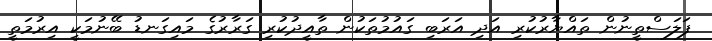
ފަލަސްތީނުން ތައްޔާރުކުރި އަދި އަރަބި ގައުމުތަކުން ތާއީދުކުރި ގަރާރުގެ މައިގަނޑު ބޭނުމަކީ އިރުމަތީ